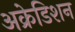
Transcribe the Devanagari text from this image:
अक्रेडिशन